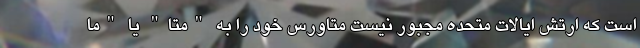
است که ارتش ایالات متحده مجبور نیست متاورس خود را به "متا" یا "ما